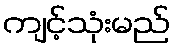
ကျင့်သုံးမည်